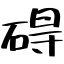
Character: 碍